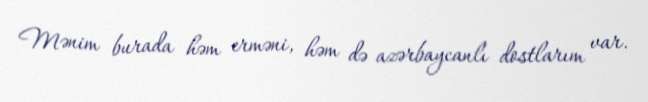
Mənim burada həm erməni, həm də azərbaycanlı dostlarım var.